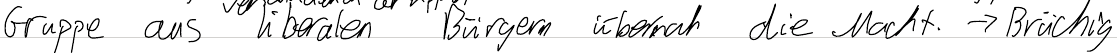
Gruppe aus liberalen Bürgern übernahm die Macht -> Brüchig